Materia medica of Madras volume I
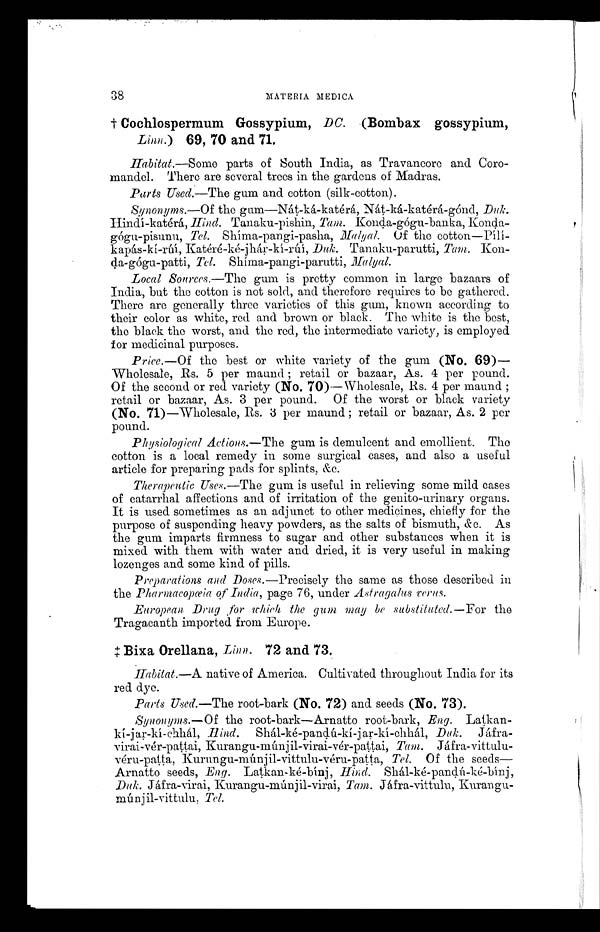
38
MATERIA MEDICA
Cochlospermum Gossypium, DC. (Bombax gossypium,
Linn.) 69, 70 and 71.
Habitat.—Some parts of South India, as Travancore and Coro-
mandel. There are several trees in the gardens of Madras.
Parts Used.—The gum and cotton (silk-cotton).
Synonyms.—Of the gum—Nát-ká-katérá, Nát-ká-katérá-gónd, Du k.
Hindí-katérá, Hind. Tanaku-pishin, Tam. Konda-gógu-banka, Konda-
gógu-pisunu, Tel. Shíma-pangí-pasha, Malyal. Of the cotton—Pílí-
kapás-kí-rúí, Katéré-ké-jhár-kí-rúí,
Duk. Tanaku-parutti, Tam. Kon-
da-gógu-pattí, Tel. Shíma-pangi-parutti,
Local Sources.—The gum is pretty common in large bazaars of
India, but the cotton is not sold, and therefore requires to be gathered.
There are generally three varieties of this gum, known according to
their color as white, red and brown or black. The white is the best,
the black the worst, and the red, the intermediate variety, is employed
for medicinal purposes.
Price.—Of the best or white variety of the gum (No. 69)—
Wholesale, Rs. 5 per maund retail or bazaar, As. 4 per pound.
Of the second or red variety (No. 70)--Wholesale, Rs. 4 per maund ;
retail or bazaar, As. 3 per pound. Of the worst or black variety
(No. 71)—Wholesale, Rs. 3 per maund ; retail or bazaar, As. 2 per
pound.
Physiological Actions.—The gum is demulcent and emollient. The
cotton is a local remedy in some surgical cases, and also a useful
article for preparing pads for splints, &c.
Therapeutic Uses.—The gum is useful in relieving some mild cases
of catarrhal affections and of irritation of the genito-urinary organs.
It is used sometimes as an adjunct to other medicines, chiefly for the
purpose of suspending heavy powders, as the salts of bismuth, &c. As
the gum imparts firmness to sugar and other substances when it is
mixed with them with water and dried, it is very useful in making
lozenges and some kind of pills.
Preparations and Doses.—Precisely the same as those described in
the Pharmacopœia of India, page 76, under Astragalus verus.
European Drug for which the gum may be substituted.—For the
Tragacanth imported from Europe.
Bixa Orellana, Linn. 72 and 73.
Habitat.—A native of America. Cultivated throughout India for its
red dye.
Parts Used.—The root-bark (No. 72) and seeds (No. 73).
Synonyms.—Of the root-bark—Arnatto root-bark, Eng.
Latkan-jar-kí-chhál, Shál-ké-pandú-kí-jar Duk.
Jafrairai-vér-pattai, Kurangu-múnjil-virai-vér-paqai, Tam. Jáfra-vittulu-
véru-patta, Kurungu-múnjil-vittulu-véru-patta, Tel. Of the seeds-
Arnatto seeds, Eng. Latkan-ké-bínj, Hind.
Duk. Jáfra-virai, Kurangu-múnjil-virai, Tam. Jáfra-vittulu, Kuran gu-
múnjil-vittulu, Tel.